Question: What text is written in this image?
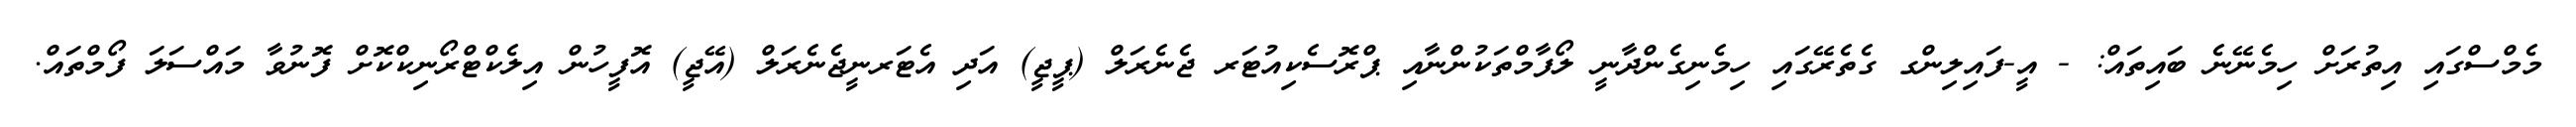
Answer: މެމްސްގައި އިތުރަށް ހިމެނޭނެ ބައިތައް: - އީ-ފައިލިންގ ގެތެރޭގައި ހިމެނިގެންދާނީ ލޯފާމްތަކުންނާއި ޕްރޮސެކިއުޓަރ ޖެނެރަލް (ޕީޖީ) އަދި އެޓަރނީޖެނެރަލް (އޭޖީ) އޮފީހުން އިލެކްޓްރޯނިކްކޮށް ފޮނުވާ މައްސަލަ ފޯމްތައް.